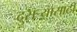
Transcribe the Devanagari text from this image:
दुसऱ्यासाठी